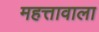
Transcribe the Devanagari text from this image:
महत्तावाला